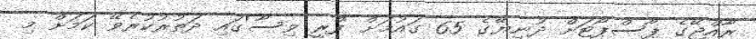
ރާއްޖޭގެ ޕާސްޕޯޓަށް ދުނިޔޭގެ 65 ގައުމަށް 'ފްރީ ވިސާ'ގައި ދަތުރުކުރެވޭ ކަަމަށް މި